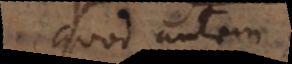
Quod autem